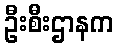
ဦးစီးဌာနက